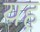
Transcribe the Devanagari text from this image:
यह़